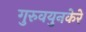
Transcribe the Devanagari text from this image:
गुरुवयुनकेरे